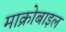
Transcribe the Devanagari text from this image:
माक्रोबाइल